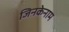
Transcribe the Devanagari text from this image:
जिनकेनाम